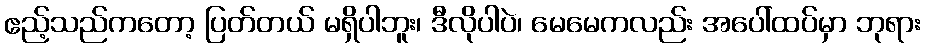
ဧည့်သည်ကတော့ ပြတ်တယ် မရှိပါဘူး၊ ဒီလိုပါပဲ၊ မေမေကလည်း အပေါ်ထပ်မှာ ဘုရား